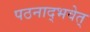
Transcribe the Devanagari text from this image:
पठनाद्भवेत्